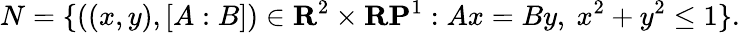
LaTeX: N=\{ ((x,y),[A:B])\in\mathbf{R}^{2}\times\mathbf{RP}^{1}:Ax=By,\ x^{2}+y^{2}\leq 1\} .